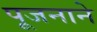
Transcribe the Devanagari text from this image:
पूजनाने